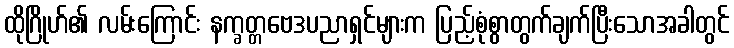
ထိုဂြိုဟ်၏ လမ်းကြောင်း နက္ခတ္တဗေဒပညာရှင်များက ပြည့်စုံစွာတွက်ချက်ပြီးသောအခါတွင်